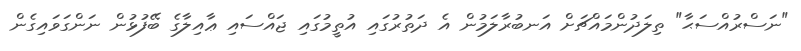
"ނަސްރުއްސަޙާ" ތިލަދުންމައްޗަށް އަނބުރާލަމުން އެ ދަތުރުގައި އުތީމުގައި ޖައްސައި ޢާއިލާގެ ބޭފުޅުން ނަންގަވައިގެން